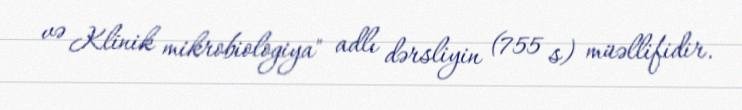
və Klinik mikrobiologiya" adlı dərsliyin (755 s) müəllifidir.